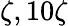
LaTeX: \zeta,10\zeta